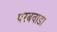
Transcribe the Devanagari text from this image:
परबवाडा